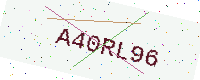
Text: A40RL96